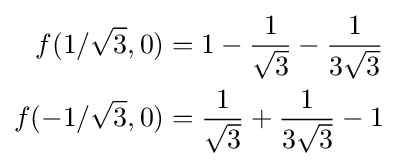
{\begin{aligned}f(1/{\sqrt {3}},0)&=1-{\frac {1}{\sqrt {3}}}-{\frac {1}{3{\sqrt {3}}}}\\f(-1/{\sqrt {3}},0)&={\frac {1}{\sqrt {3}}}+{\frac {1}{3{\sqrt {3}}}}-1\end{aligned}}